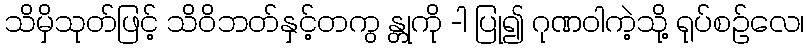
သိမှိသုတ်ဖြင့် သိဝိဘတ်နှင့်တကွ န္တုကို -ါ ပြု၍ ဂုဏဝါကဲ့သို့ ရုပ်စဉ်လေ၊